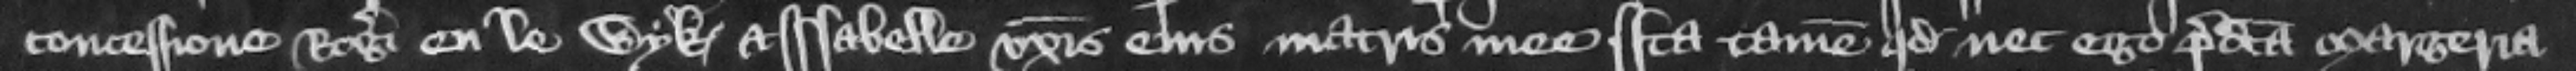
concessione Rogeri en le Wyk et Isabelle voris eius matris mee. Ita tamen quod nec ego predicta Margeria